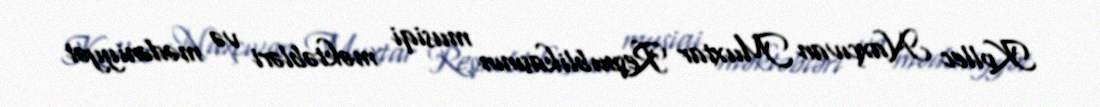
Kollec Naxçıvan Muxtar Respublikasının musiqi məktəbləri və mədəniyyət